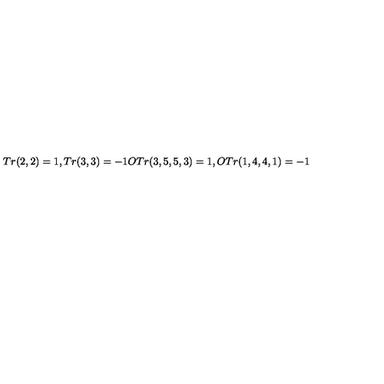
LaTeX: T r ( 2 , 2 ) = 1 , T r ( 3 , 3 ) = - 1 O T r ( 3 , 5 , 5 , 3 ) = 1 , O T r ( 1 , 4 , 4 , 1 ) = - 1